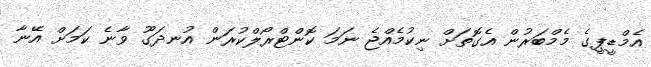
އެމްޑީޕީގެ މެމްބަރުން އެގޮތަށް ނިކުމެއްޖެ ނަމަ ކޮންޓްރޯލްކުރަން އުނދަގޫ ވާނެ ކަމަށް އޭނާ